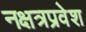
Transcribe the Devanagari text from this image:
नक्षत्रप्रवेश